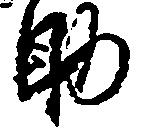
助